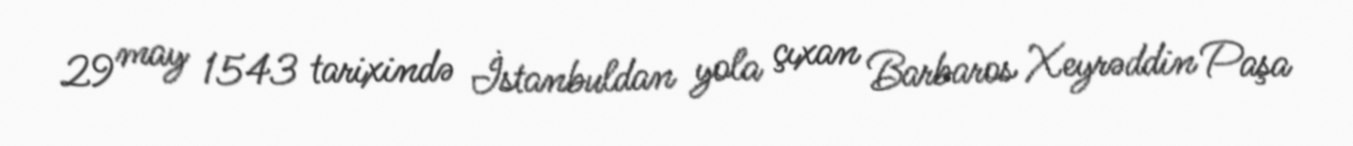
29 may 1543 tarixində İstanbuldan yola çıxan Barbaros Xeyrəddin Paşa